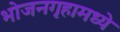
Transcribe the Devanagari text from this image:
भोजनगृहामध्ये